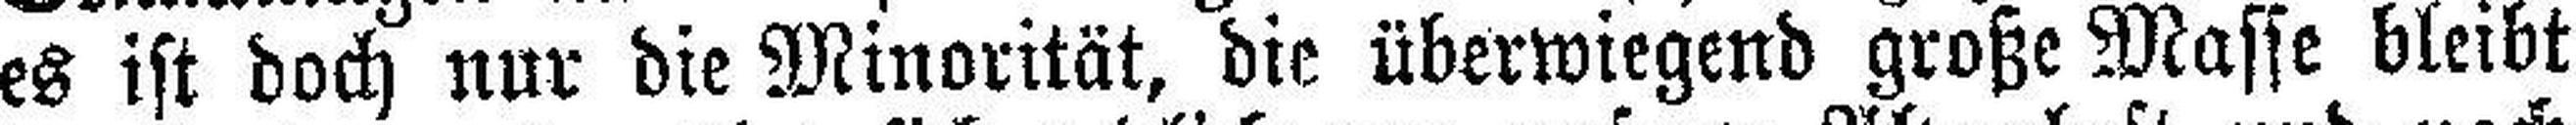
es ist doch nur die Minorität, die überwiegend große Masse bleibt